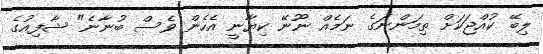
ލިބޭ ކުއްޖަކަށް ތިމަންނަގެ ނަމެއް ނޫނޭ ކިޔާނީ އެހެން ވެސް ބުނާނެ" ޝާފިއުގެ